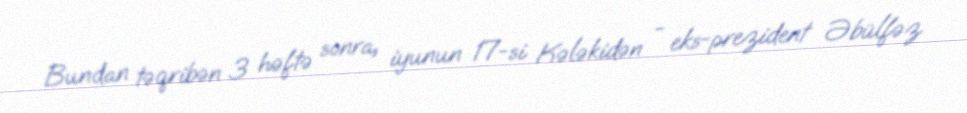
Bundan təqribən 3 həftə sonra, iyunun 17-si Kələkidən - eks-prezident Əbülfəz